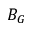
B _ { G }